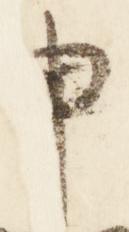
申